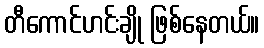
တီကောင်ဟင်းချို ဖြစ်နေတယ်။